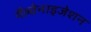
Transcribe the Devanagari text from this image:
गैल्वेनाइजेशन